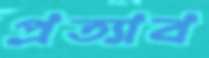
প্রত্যাব